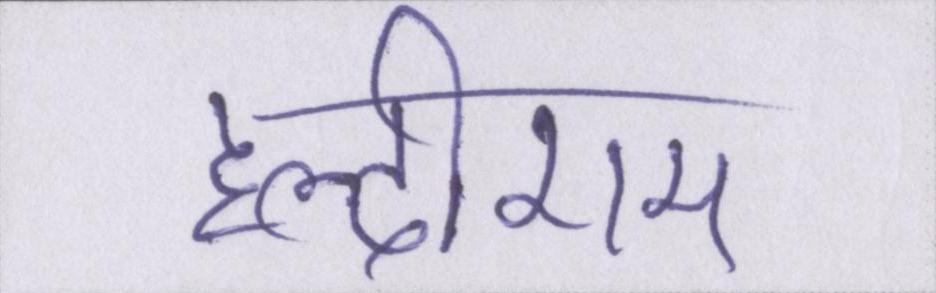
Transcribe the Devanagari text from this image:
हल्दीराम